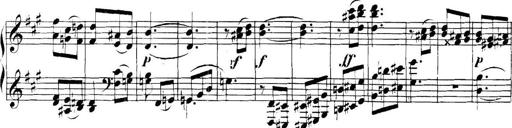
Title: Collected Piano Sonatas
Composer: Muzio Clementi